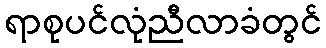
ရာစုပင်လုံညီလာခံတွင်